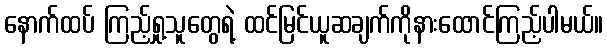
နောက်ထပ် ကြည့်ရှု့သူတွေရဲ့ ထင်မြင်ယူဆချက်ကိုနားထောင်ကြည့်ပါမယ်။